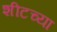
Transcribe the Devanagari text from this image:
शीटच्या